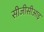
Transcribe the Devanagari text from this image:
सीजीसीआइ